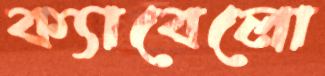
ক্যাবেলো